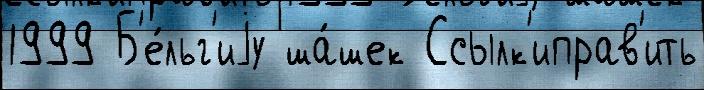
1999 Б'е́льг'иjу ша́шек Ссылк'иправ'ить